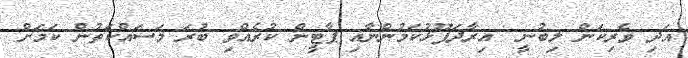
އަދި ވެރިކަން ލިބުނީ  އިރާދަފޫޅުކަމުންނާއި ޕާޓީން ކުރެއްވި ބުރަ މަސައްކަތުން ކަމަށް